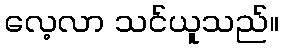
လေ့လာ သင်ယူသည်။